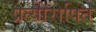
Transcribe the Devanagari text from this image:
प्रत्योरोपित